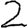
Digit: 2